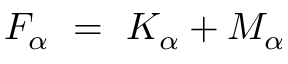
F _ { \alpha } ~ = ~ K _ { \alpha } + M _ { \alpha }